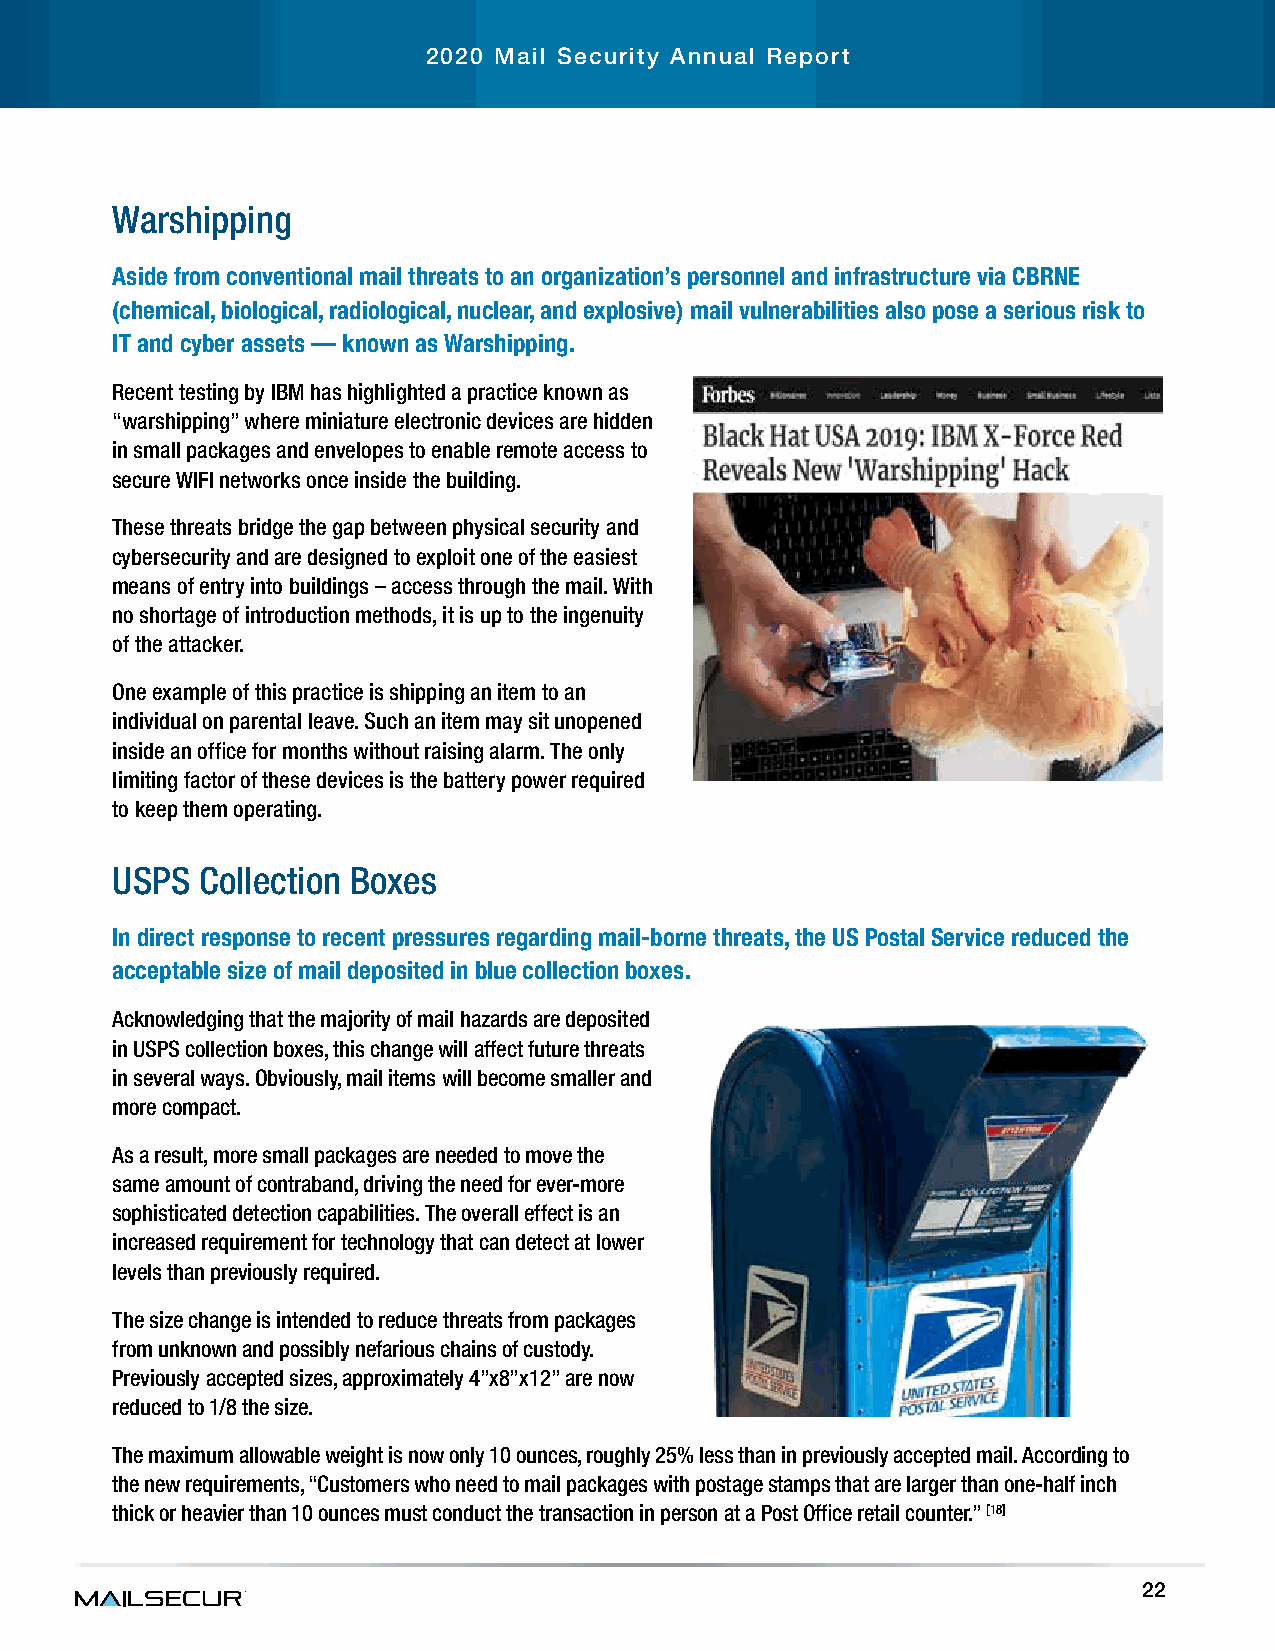
2020 Mail Security Annual Report
 Warshipping
 Aside from conventional mail threats to an organization’s personnel and infrastructure via CBRNE
 (chemical, biological, radiological, nuclear, and explosive) mail vulnerabilities also pose a serious risk to
 IT and cyber assets — known as Warshipping
 Recent testing by IBM has highlighted a practice known as
 “warshipping” where miniature electronic devices are hidden
 in small packages and envelopes to enable remote access to
 secure WIFI networks once inside the building.
 These threats bridge the gap between physical security and
 cybersecurity and are designed to exploit one of the easiest
 means of entry into buildings – access through the mail. With
 no shortage of introduction methods, it is up to the ingenuity
 of the attacker.
 One example of this practice is shipping an item to an
 individual on parental leave. Such an item may sit unopened
 inside an office for months without raising alarm. The only
 limiting factor of these devices is the battery power required
 to keep them operating.
 USPS  Collection Boxes
 In direct response to recent pressures regarding mail-borne threats, the US Postal Service reduced the
 acceptable size of mail deposited in blue collection boxes
 Acknowledging that the majority of mail hazards are deposited
 in USPS collection boxes, this change will affect future threats
 in several ways. Obviously, mail items will become smaller and
 more compact.
 As a result, more small packages are needed to move the
 same amount of contraband, driving the need for ever-more
 sophisticated detection capabilities. The overall effect is an
 increased requirement for technology that can detect at lower
 levels than previously required.
 The size change is intended to reduce threats from packages
 from unknown and possibly nefarious chains of custody.
 Previously accepted sizes, approximately 4”x8”x12” are now
 reduced to 1/8 the size.
 The maximum allowable weight is now only 10 ounces, roughly 25% less than in previously accepted mail. According to
 the new requirements, “Customers who need to mail packages with postage stamps that are larger than one-half inch
 thick or heavier than 10 ounces must conduct the transaction in person at a Post Office retail counter.” [18]
 22